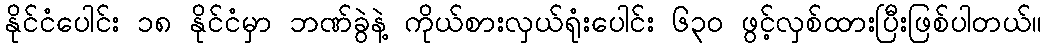
နိုင်ငံပေါင်း ၁၈ နိုင်ငံမှာ ဘဏ်ခွဲနဲ့ ကိုယ်စားလှယ်ရုံးပေါင်း ၆၃၀ ဖွင့်လှစ်ထားပြီးဖြစ်ပါတယ်။